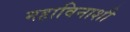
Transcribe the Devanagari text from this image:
महाविनाशी